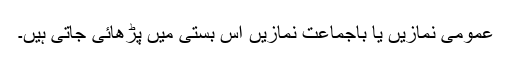
عمومی نمازیں یا باجماعت نمازیں اس بستی میں پڑھائی جاتی ہیں۔